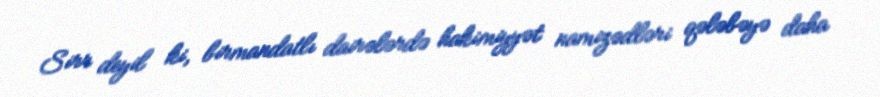
Sirr deyil ki, birmandatlı dairələrdə hakimiyyət namizədləri qələbəyə daha